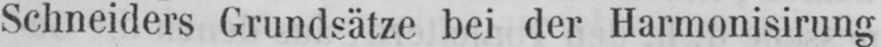
Schneiders Grundsätze bei der Harmonisirung